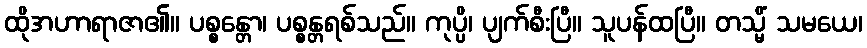
ထိုအဟာရာဇာ၏။ ပစ္စန္တော၊ ပစ္စန္တရစ်သည်။ ကုပ္ပိ၊ ပျက်စီးပြီ။ သူပန်ထပြီ။ တသ္မိံ သမယေ၊